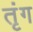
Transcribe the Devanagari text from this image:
तृंग